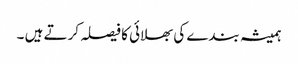
ہمیشہ بندے کی بھلائی کا فیصلہ کرتے ہیں ۔